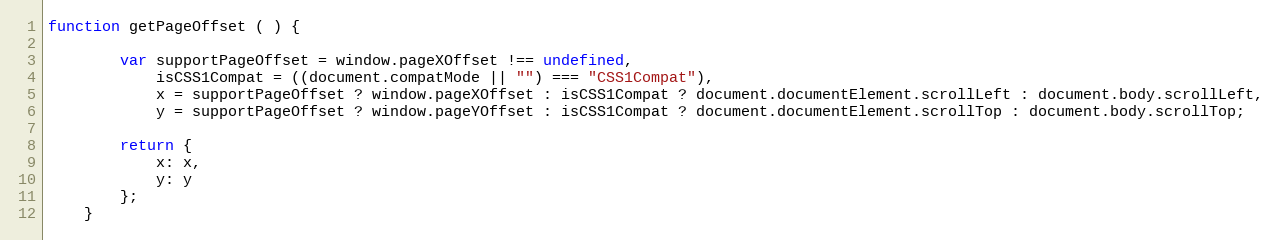
Language: JavaScript
function getPageOffset ( ) {

        var supportPageOffset = window.pageXOffset !== undefined,
            isCSS1Compat = ((document.compatMode || "") === "CSS1Compat"),
            x = supportPageOffset ? window.pageXOffset : isCSS1Compat ? document.documentElement.scrollLeft : document.body.scrollLeft,
            y = supportPageOffset ? window.pageYOffset : isCSS1Compat ? document.documentElement.scrollTop : document.body.scrollTop;

        return {
            x: x,
            y: y
        };
    }